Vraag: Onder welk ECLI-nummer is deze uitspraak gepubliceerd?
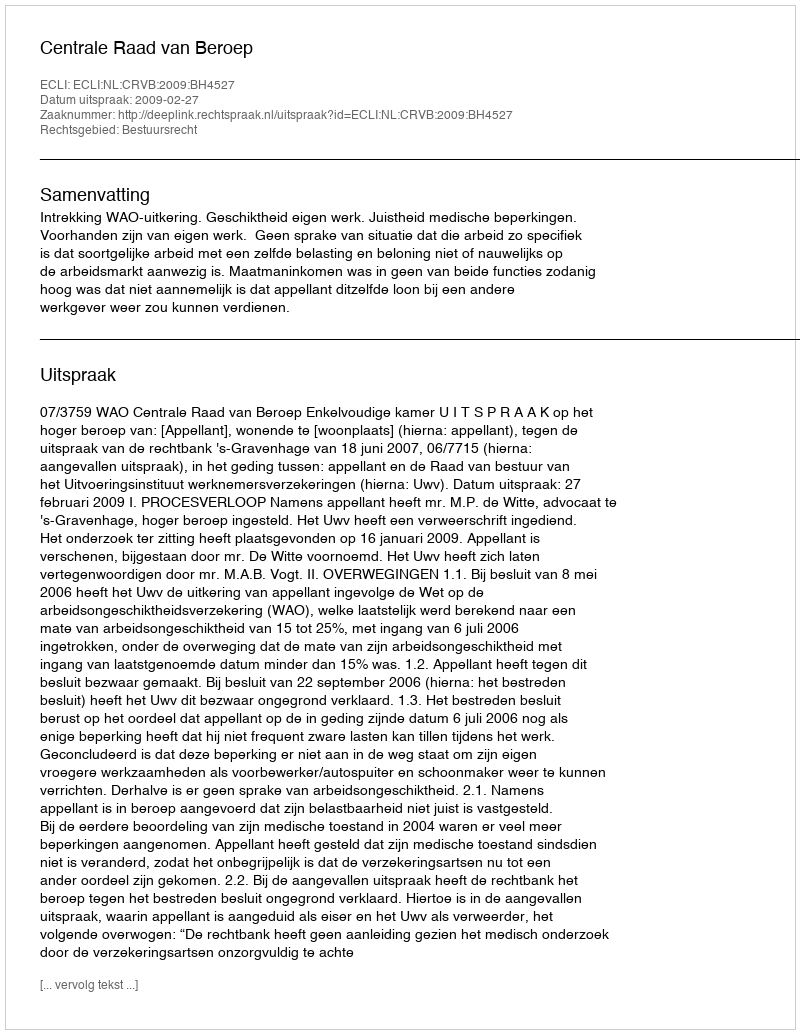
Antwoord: ECLI:NL:CRVB:2009:BH4527